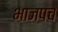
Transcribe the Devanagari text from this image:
भाजपच